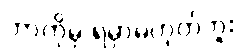
ဘာကိုမှ ရမှာမဟုတ်ဘူး